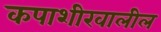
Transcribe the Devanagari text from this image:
कपाशीखालील